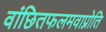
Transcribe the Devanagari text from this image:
वांछितफलमवाप्नोति